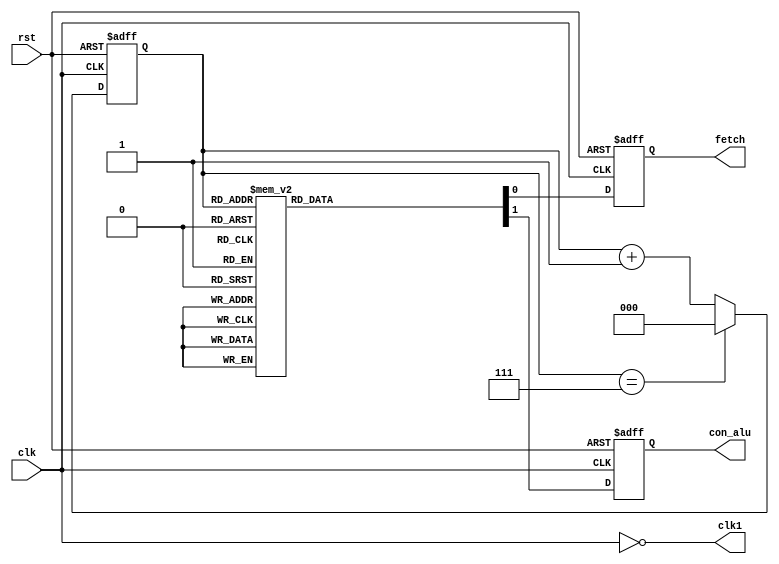
     module clk_gen(
          clk,
          rst,
          clk1,
          fetch,
          con_alu
          );

     input clk,rst;
     output fetch,con_alu,clk1;
     reg fetch,con_alu;
     wire clk1;
     reg [2:0]count;

     assign clk1=~clk;

    always@(posedge clk or negedge rst)
     begin
      if(!rst)
       count<=0;
    else if(count==7)
    count<=0;
   else
     count<=count+1;
  end

   always@(posedge clk or negedge rst)
       begin
      if (!rst)
       begin
      fetch<=0;
     con_alu<=0;
     end  
    else
    case(count)
     0:begin
     fetch<=1;
     con_alu<=0;
     end
    1:begin
    fetch<=1;
    con_alu<=0;
    end
    2:begin
     fetch<=1;
    con_alu<=0;
   end
     3:begin
    fetch<=1;
    con_alu<=0;
   end
     4:begin
     fetch<=0;
     con_alu<=0;
     end
     5:begin
     fetch<=0;
     con_alu<=1;
     end
     6:begin
     fetch<=0;
     con_alu<=0;
     end
     7:begin
     fetch<=0;
     con_alu<=0;
      end 
     default:begin
        fetch<=0;
        con_alu<=0;
       end
      endcase
      end

    endmodule